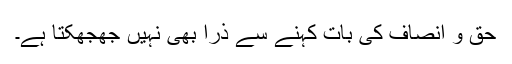
حق و انصاف کی بات کہنے سے ذرا بھی نہیں جھجھکتا ہے۔